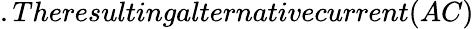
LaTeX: .Theresultingalternativecurrent(AC)